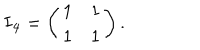
{ \bf I _ { 4 } } = \left( \begin{array} { l l } { { 1 } } & { { 1 } } \\ { { 1 } } & { { 1 } } \\ \end{array} \right) .